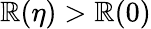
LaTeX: \mathbb{R}(\eta)>\mathbb{R}(0)